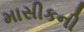
માસીકની